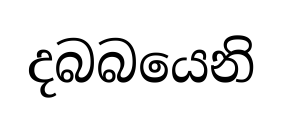
දබබයෙනි